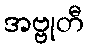
အဗ္ဗုတီ